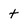
Character: t